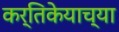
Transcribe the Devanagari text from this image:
कर्तिकेयाच्या